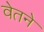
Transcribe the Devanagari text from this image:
वेतने